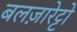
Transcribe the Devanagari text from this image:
बलज़ारेट्टो